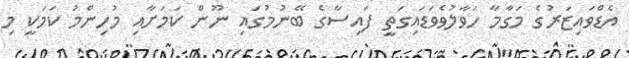
އެޑްވައިޒަރުގެ މަގާމާ ހަވާލުވެވަޑައިގަތީ ފައިސާގެ ބޭނުމުގައި ނޫން ކަމަށާއި މުހިންމު ކަމަކީ މި